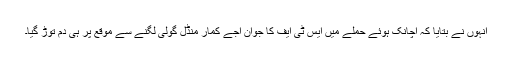
انہوں نے بتایا کہ اچانک ہوئے حملے میں ایس ٹی ایف کا جوان اجے کمار منڈل گولی لگنے سے موقع پر ہی دم توڑ گیا۔